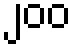
၂၀၀